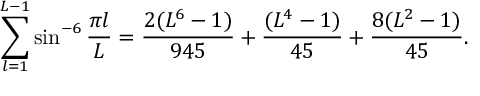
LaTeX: \sum _ { l = 1 } ^ { L - 1 } \sin ^ { - 6 } { \frac { \pi l } { L } } = { \frac { 2 ( L ^ { 6 } - 1 ) } { 9 4 5 } } + { \frac { ( L ^ { 4 } - 1 ) } { 4 5 } } + { \frac { 8 ( L ^ { 2 } - 1 ) } { 4 5 } } .